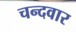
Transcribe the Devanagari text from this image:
चन्दवार